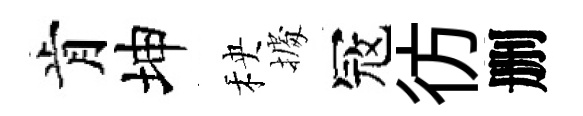
肯坤秧𢴃冦彷删